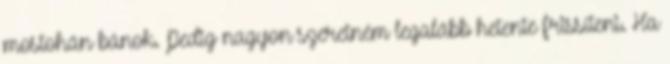
mostohán bánok. Pedig nagyon szeretném legalább hetente frissíteni. Ha